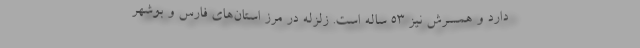
دارد و همسرش نیز ۵۳ ساله است. زلزله در مرز استان‌های فارس و بوشهر